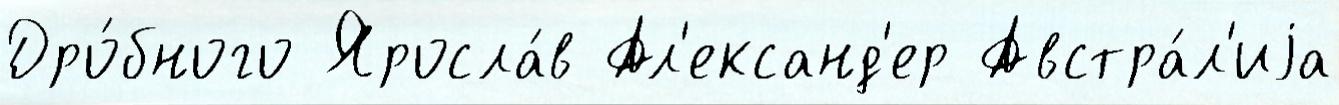
Дро́бного Яросла́в Ал'ександ'ер Австра́л'иjа